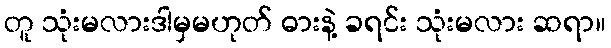
တူ သုံးမလားဒါမှမဟုတ် ဓားနဲ့ ခရင်း သုံးမလား ဆရာ။